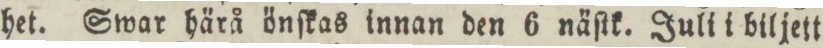
het. Swar härå önſkas innan den 6 näſtk. Juli i biljett